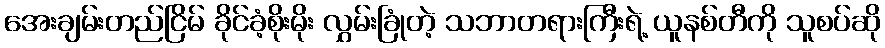
အေးချမ်းတည်ငြိမ် ခိုင်ခံ့စိုးမိုး လွှမ်းခြုံတဲ့ သဘာတရားကြီးရဲ့ ယူနစ်တီကို သူစပ်ဆို